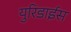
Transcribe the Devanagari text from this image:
युरिडाईस